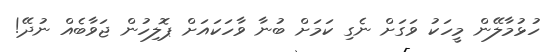
ހުޅުމާލޭން މީހަކު ވަގަށް ނެގި ކަމަށް ބުނާ ވާހަކައަށް ޕޮލިހުން ޖަވާބެއް ނުދޭ!